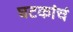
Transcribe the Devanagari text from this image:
घटकांचं